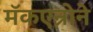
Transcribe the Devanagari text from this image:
मॅकएन्रोने